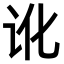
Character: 讹